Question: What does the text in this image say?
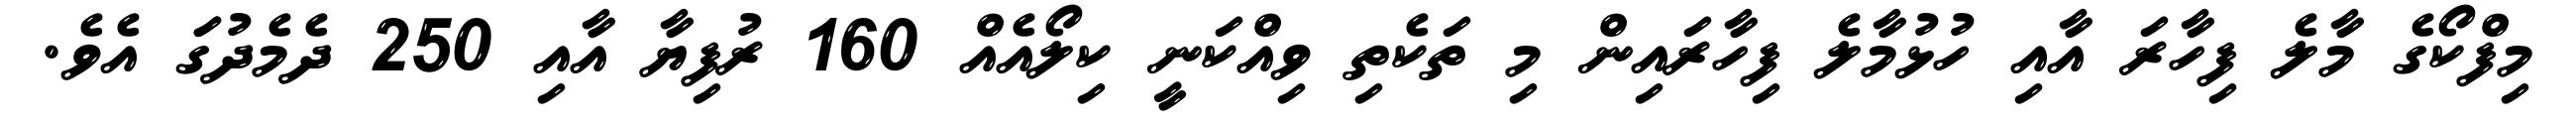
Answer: މިފްކޯގެ މާލެ ފިހާރަ އާއި ހުޅުމާލެ ފިހާރައިން މި ތަކެތި ވިއްކަނީ ކިލޯއެއް 160 ރުފިޔާ އާއި 250 ދެމެދުގަަ އެވެ.